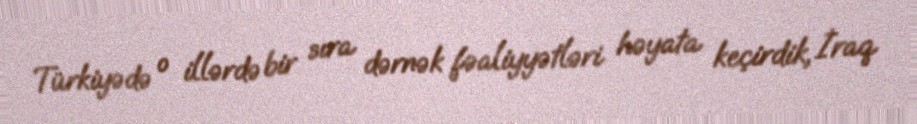
Türkiyədə o illərdə bir sıra dərnək fəaliyyətləri həyata keçirdik, İraq